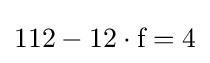
112-12\cdot {\text{f}}=4